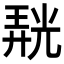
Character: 𭚙